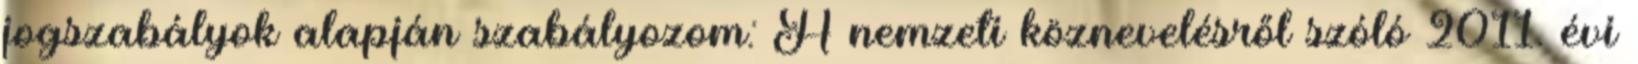
jogszabályok alapján szabályozom: A nemzeti köznevelésről szóló 2011. évi